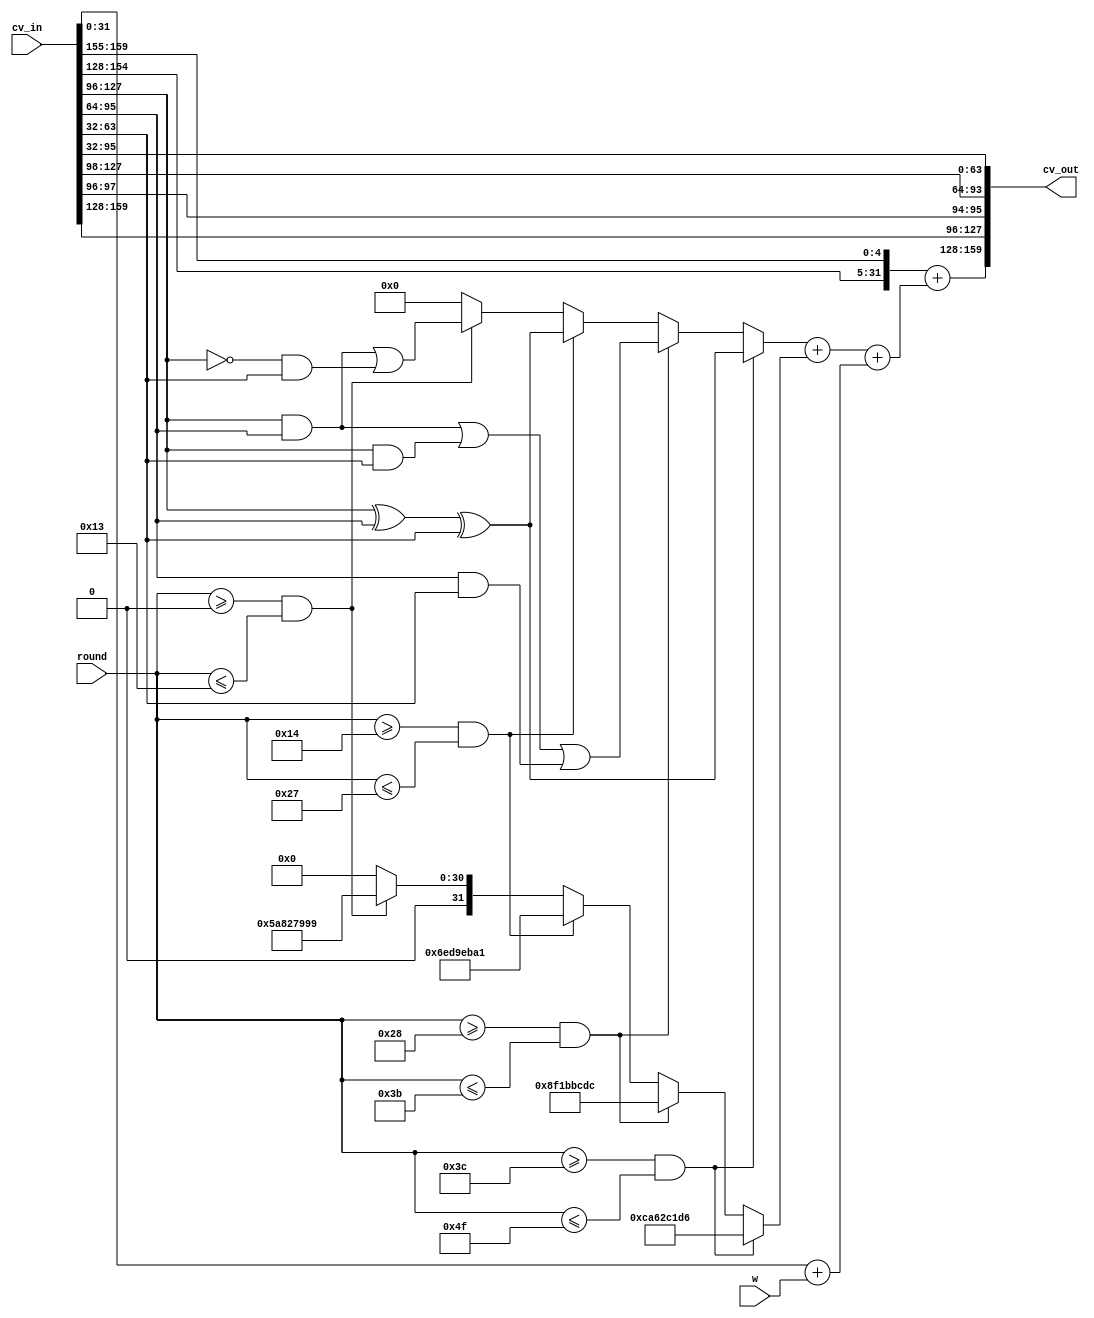
`timescale 1ns / 1ps
//////////////////////////////////////////////////////////////////////////////////
// Company: 
// Engineer: 
// 
// Design Name: 
// Module Name:    sha1_round 
// Project Name: 
// Target Devices: 
// Tool versions: 
// Description: 
//
// Dependencies: 
//
// Revision: 
// Revision 0.01 - File Created
// Additional Comments: 
//
//////////////////////////////////////////////////////////////////////////////////
module ARS_sha1_round (cv_in, w, round, cv_out);

   input [159:0] cv_in;
   input [31:0]  w;
   input [6:0]   round;
   output [159:0] cv_out;

   reg [31:0]     k;
   reg [31:0]     f;
   wire [31:0]    a_shift;
   wire [31:0]    b_shift;
   wire [31:0]    add_result;
   
   wire [31:0]    a = cv_in[159:128];
   wire [31:0]    b = cv_in[127:96];
   wire [31:0]    c = cv_in[95:64];
   wire [31:0]    d = cv_in[63:32];
   wire [31:0]    e = cv_in[31:0];

   // Perhaps this should be a case statement?
   // I want it to create 4 parallel comparators...
   always @(round)
     begin
        k = 32'd0;
        if ((round >= 7'd0) && (round <= 7'd19))
          k = 32'h5A827999;
        if ((round >= 7'd20) && (round <= 7'd39))
          k = 32'h6ED9EBA1;
        if ((round >= 7'd40) && (round <= 7'd59))
          k = 32'h8F1BBCDC;
        if ((round >= 7'd60) && (round <= 7'd79))
          k = 32'hCA62C1D6;
     end // always @ (round)

   // Perhaps this should be a case statement?
   // I want it to create 4 parallel comparators...
   always @(round or b or c or d)
     begin
        f = 32'd0;
        if ((round >= 7'd0) && (round <= 7'd19))
          f = ((b & c) | (~b & d));
        if ((round >= 7'd20) && (round <= 7'd39))
          f = (b ^ c ^ d);
        if ((round >= 7'd40) && (round <= 7'd59))
          f = ((b & c) | (b & d) | (c & d));
        if ((round >= 7'd60) && (round <= 7'd79))
          f = (b ^ c ^ d);
     end // always @ (round or b or c or d)
   
   assign a_shift = {a[26:0], a[31:27]};
   assign b_shift = {b[1:0], b[31:2]};

   // Attempt to group early signals early...
   // e and w come from register outputs
   // k is 6 bit comparator & mux delay
   // f is 6 bit comparator & mux delay & computation
   // a is shift 5 from previous round
   assign add_result = (a_shift + ((f + k) + (e + w)));
   assign cv_out = {add_result, a, b_shift, c, d};

endmodule // sha1_round